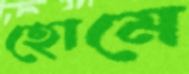
হোমে